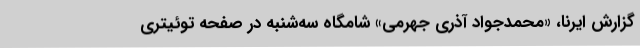
گزارش ایرنا، «محمدجواد آذری جهرمی» شامگاه سه‌شنبه در صفحه توئیتری